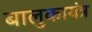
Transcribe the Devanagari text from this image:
बालुकायंत्र